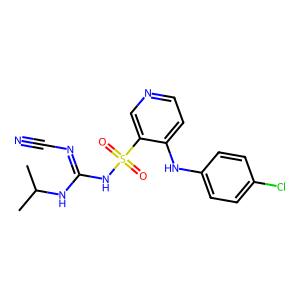
SMILES: CC(C)NC(=NC#N)NS(=O)(=O)c1cnccc1Nc1ccc(Cl)cc1
Inhibits HIV replication: No